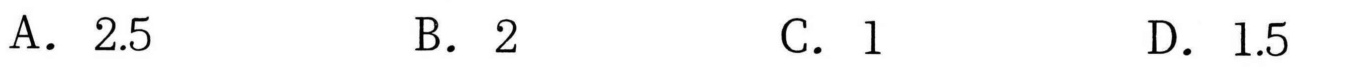
A. \(2.5\)  B. \(2\)  C. \(1\)  D. \(1.5\)